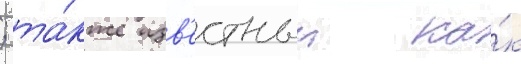
; та́кже изв'естныи ка́к